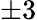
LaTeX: \pm 3